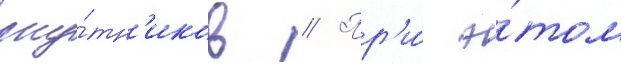
спу́тн'иков // Пр'и́ э́том